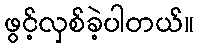
ဖွင့်လှစ်ခဲ့ပါတယ်။